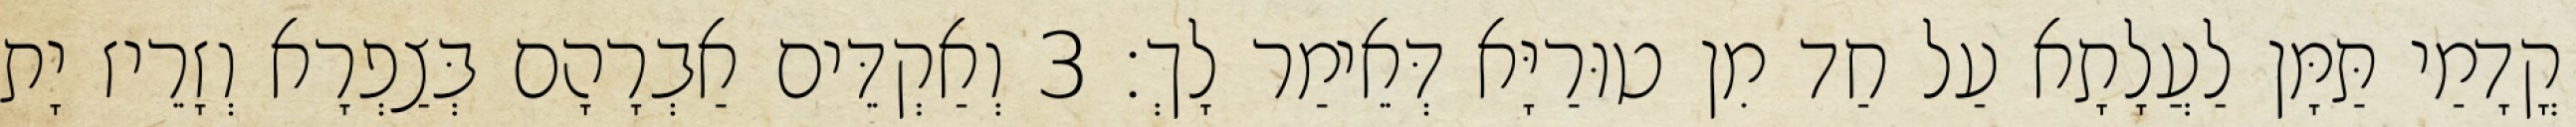
קֳדָמַי תַּמָּן לַעֲלָתָא עַל חַד מִן טוּרַיָּא דְּאֵימַר לָךְ׃ 3 וְאַקְדֵּים אַבְרָהָם בְּצַפְרָא וְזָרֵיז יָת